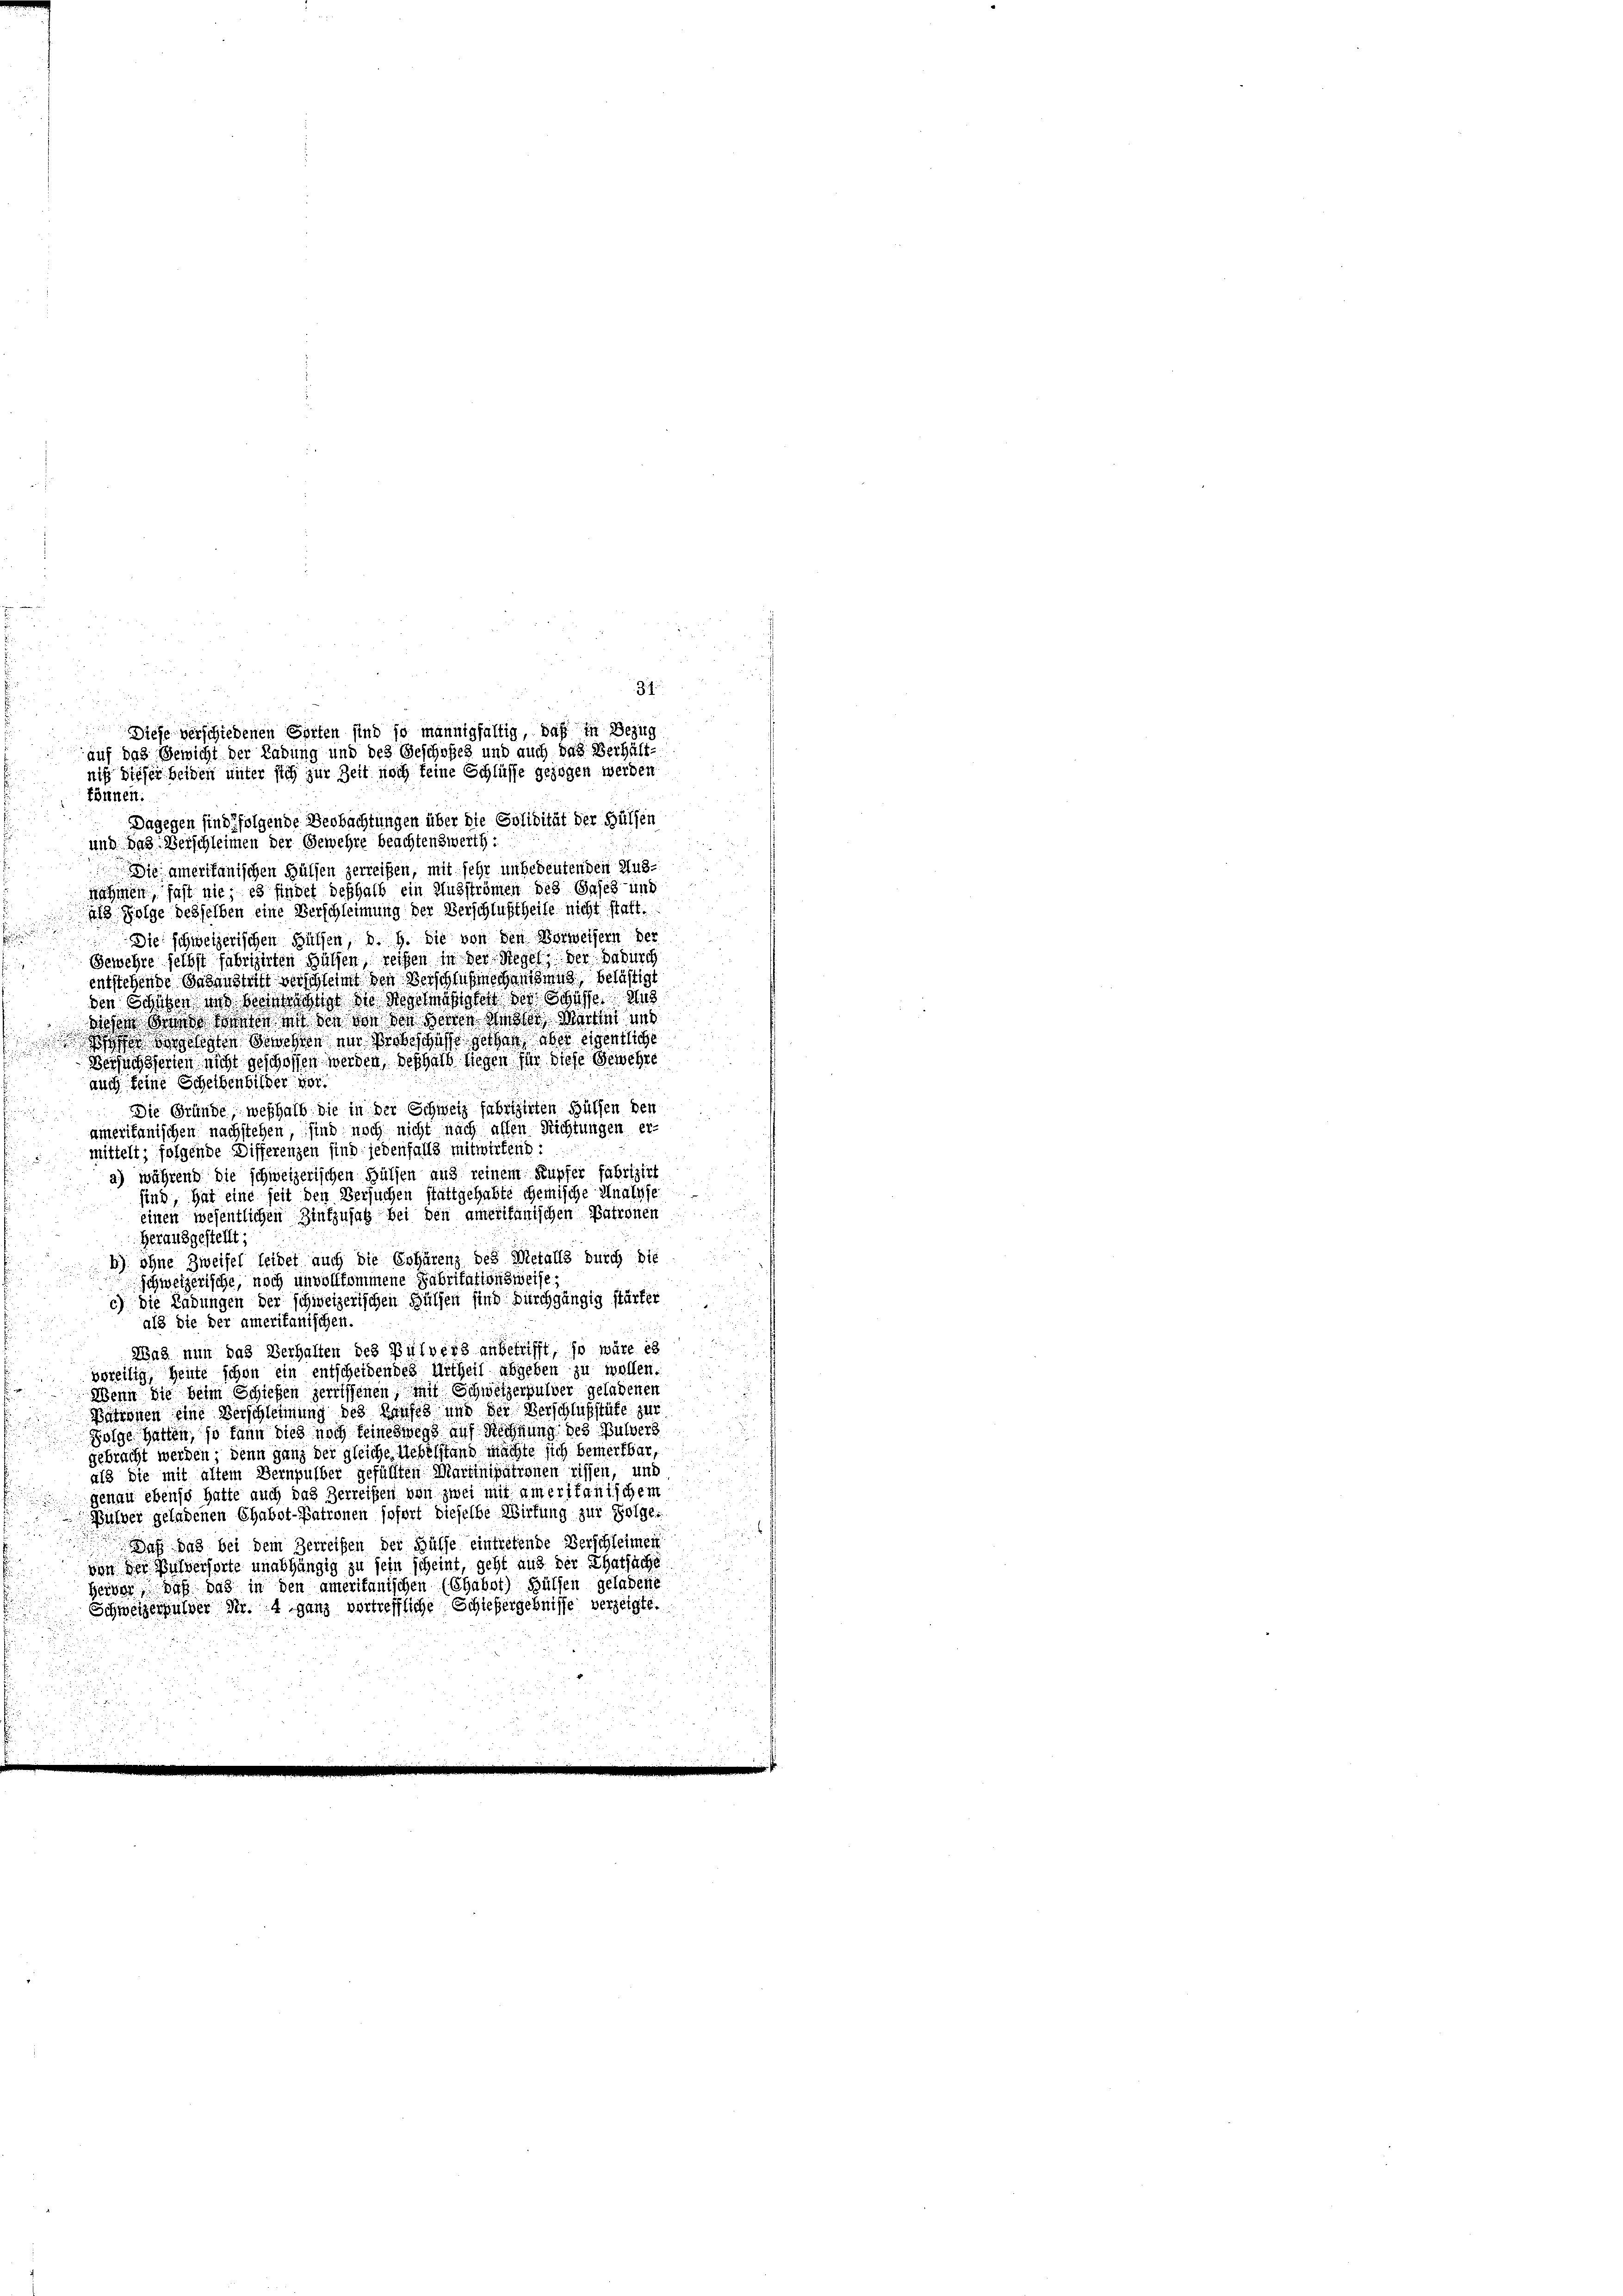
Dagegen sind folgende Beobachtungen über die Polidität der Hülfen
und das Verschleinen der Gewehre beachtenswerth :
Die amerikanischen Hülfen zerreifen, mit sehr unbedeutenden Ausnahmen, fast nie, es findet deshalb ein Ausströmen des Gases- und
Als Folge desselben eine Verschleimung der Verschlußtheile nicht statt.
Die schweizerischen Hülfen, d. h. Sie von den Vorweisern der
Gewehre selbst fabrizirten Hülfen, reifen in der Siegel, der Dadurch
entstehende Behaustrift verschleimt den Verschlüße anging, belästigt
den Schüben und Beeinschtigt die Regelmässigkeit der Schaffen Aus
diesem Werde Monten in den von den Herren Ander Marten und
id hat diese Sachen ein Probeschaft gegen aber eigentliche
Versuchtferten nicht geschoffen werden, deshalb liegen für diese Gewehre
auch keine Scheibenbilder vor.
Die Gründe, weßhalb die in der Schweiz fabrizirten Büllen den
amerikanischen nachstehen, sind noch nicht nach affen Richtungen er-
mittelt; folgende Differenzen sind jedenfalls mitwirtend:
a) während die schweizerischen Hülfen aus reinem Kupfer fabrizirt
sind, hat eine seit den Versuchen stattgehabte gemische Unaufe
einen wesentlichen Zinfzusatz bei den amerikanischen Patronen
Herausgestellt;
b) ohne Zweifel leidet auch die Coharenz des Metalls durch die
schweizerische, noch unvollkommene Fabritationsweise,
c) Die Ladungen der schweizerischen Hülfen sind durchgängig stärker
als die der amerikanischen.
Was nun das Verhalten des Pulvers anbetrifft, so wäre es
voreilig, heute schon ein entscheidendes Urtheil abgeben zu wollen
Wenn die beim Schießen zerriffenen mit Schweizerpulver geladenen
Patronen eine Verschleimung des Hauses und der Verschlußstüte zur
Folge hatten, so kann dies noch keineswegs auf Rechnung des Bulvers
gebracht werden; denn ganz der gleiche Uebelstand machte sich bemerkbar,
als sie mit altem Bernpulber gefüllten Martinipationen rissen, und
genau ebenso hatte auch das Herreißen von zwei mit ameritanischem
Bülver geladenen Chabot-Patronen sofort dieselbe Wirtung zur Folge.
ah das bei dem Herreißen der Hülfe eintretende Verschleiment
von der Pulverhörte unabhängig zu sein scheint, geht aus der Thatsache
Hervor, daß das in den amerikanischen (Chabst) Hülfen geladene
Schweizerhulver Nr. 4 ganz vertreffliche Schiebergebnisse verzeigte.

u
Diese verschiedenen Sorten sind so mannigfaltig, daß in Bezug
auf das Gewicht der Ladung und des Geschofes und auch das Verhält-
niß dieser beiden unter sich zur Zeit noch keine Schlüsse gezogen werden
können.